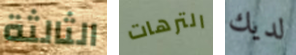
الثالثة الترهات لديك